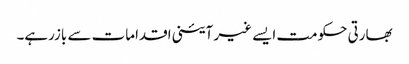
بھارتی حکومت ایسے غیر آئینی اقدامات سے بازرہے۔